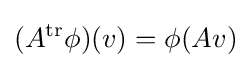
(A^{\operatorname {tr} }\phi )(v)=\phi (Av)